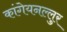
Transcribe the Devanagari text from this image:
कांगेयनल्लुर